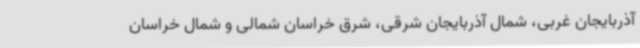
آذربایجان غربی، شمال آذربایجان شرقی، شرق خراسان شمالی و شمال خراسان